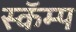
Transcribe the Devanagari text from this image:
स्कॅम्प